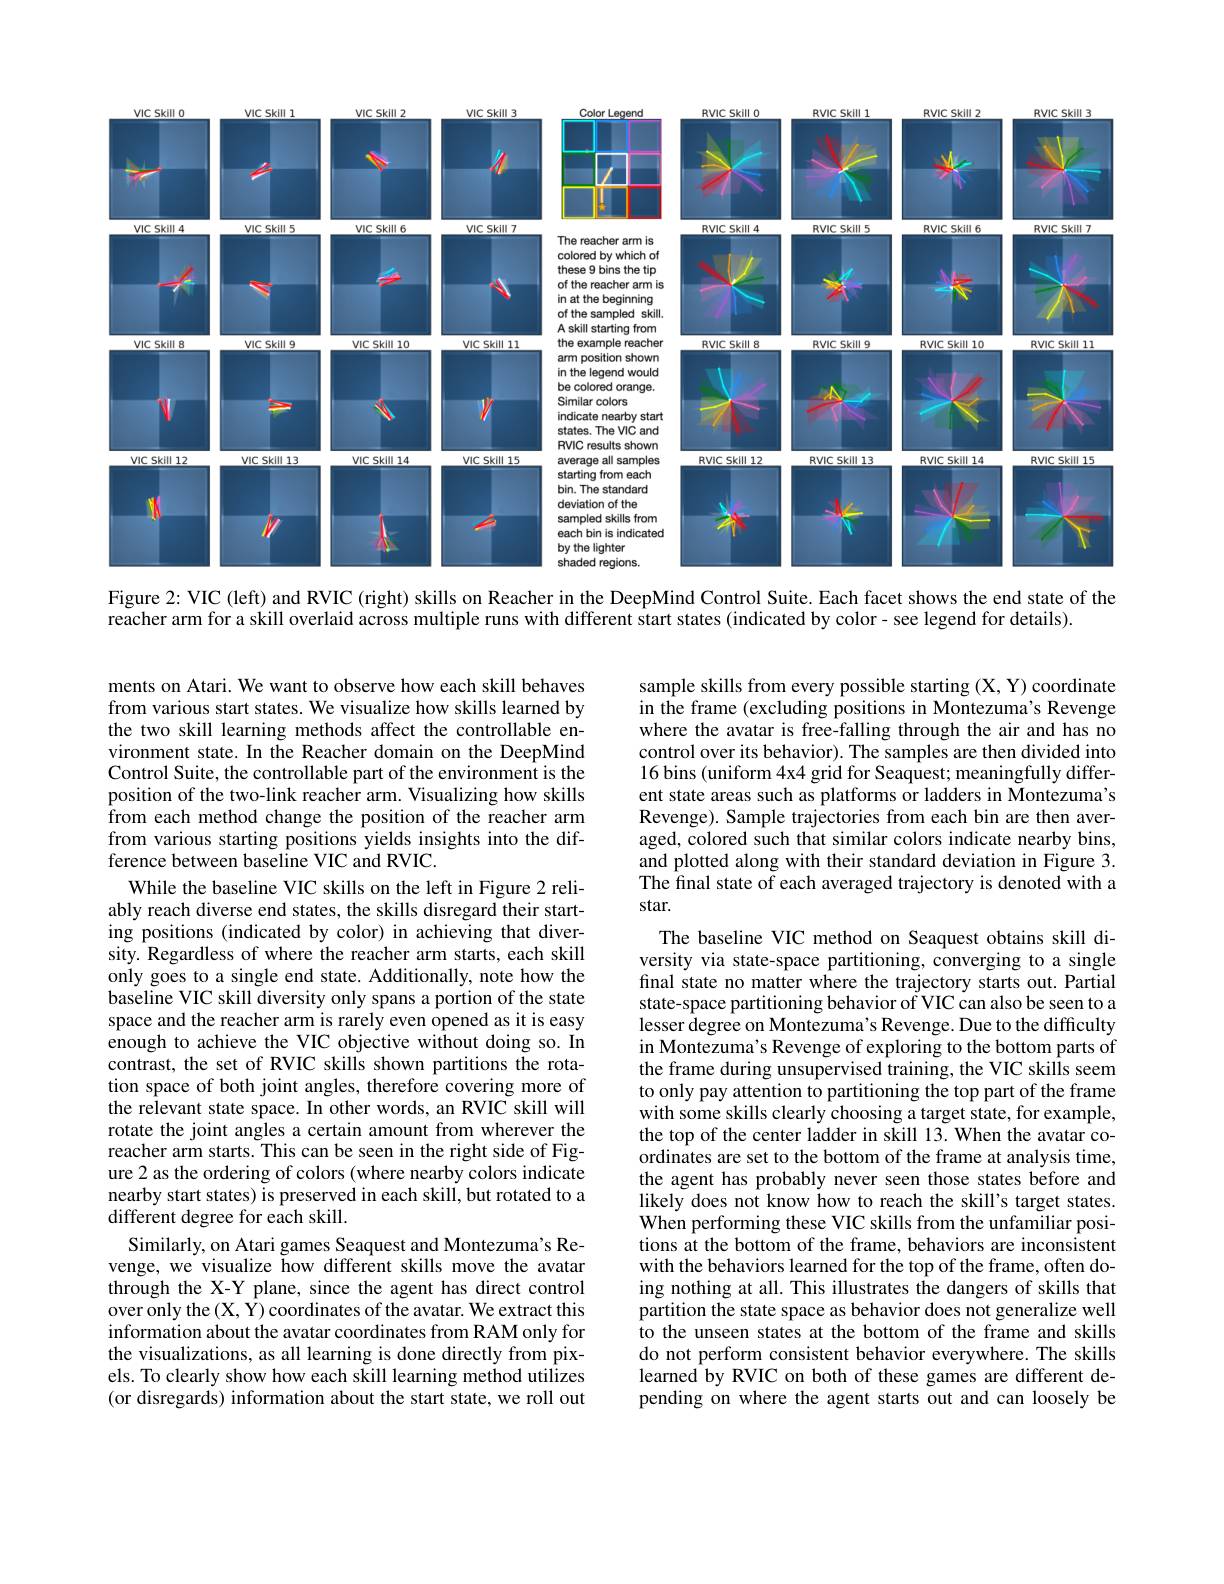
Color Legend
<FigureHere>

<FigureHere>

<FigureHere>

The reacher arm is colored by which of these 9 bins the tip of the reacher arm in at the beginning of the sampled skill. A skill starting from the example reacher arm position shown in the legend would be colored orange. Similar colors
indicate nearby start states. The VIC and RVIC results shown average all samples starting from each bin. The standard deviation of the sampled skills from each bin is indicated by the lighter shaded regions.

Figure 2: VIC (left) and RVIC (right) skills on Reacher in the DeepMind Control Suite. Each facet shows the end state of the

reacher arm for a skill overlaid across multiple runs with different start states (indicated by color- see legend for details).

ments on Atari. We want to observe how each skill behaves from various start states. We visualize how skills learned by the two skill learning methods affect the controllable environment state. In the Reacher domain on the DeepMind Control Suite, the controllable part of the environment is the position of the two-link reacher arm. Visualizing how skills from each method change the position of the reacher arm from various starting positions yields insights into the difference between baseline VIC and RVIC.
While the baseline VIC skills on the left in Figure 2 reliably reach diverse end states, the skills disregard their starting positions (indicated by color) in achieving that diversity. Regardless of where the reacher arm starts, each skill only goes to a single end state. Additionally, note how the baseline VIC skill diversity only spans a portion of the state space and the reacher arm is rarely even opened as it is easy enough to achieve the VIC objective without doing so. In contrast, the set of RVIC skills shown partitions the rotation space of both joint angles, therefore covering more of the relevant state space. In other words, an RVIC skill will rotate the joint angles a certain amount from wherever the reacher arm starts. This can be seen in the right side of Figure 2 as the ordering of colors (where nearby colors indicate nearby start states) is preserved in each skill, but rotated to a different degree for each skill.
Similarly, on Atari games Seaquest and Montezuma's Revenge, we visualize how different skills move the avatar through the X-Y plane, since the agent has direct control over only the (X, Y) coordinates of the avatar. We extract this information about the avatar coordinates from RAM only for the visualizations, as all learning is done directly from pixels. To clearly show how each skill learning method utilizes (or disregards) information about the start state, we roll out

sample skills from every possible starting (X, Y) coordinate in the frame (excluding positions in Montezuma's Revenge where the avatar is free-falling through the air and has no control over its behavior). The samples are then divided into 16 bins (uniform 4x4 grid for Seaquest; meaningfully different state areas such as platforms or ladders in Montezuma's Revenge). Sample trajectories from each bin are then averaged, colored such that similar colors indicate nearby bins, and plotted along with their standard deviation in Figure 3. The final state of each averaged trajectory is denoted with a star.
The baseline VIC method on Seaquest obtains skill diversity via state-space partitioning, converging to a single final state no matter where the trajectory starts out. Partial state-space partitioning behavior of VIC can also be seen to a lesser $\hat{\text{degree on Montezuma's Revenge. Due to the difficulty}}$ in Montezuma's Revenge of exploring to the bottom parts of the frame during unsupervised training, the VIC skills seem to only pay attention to partitioning the top part of the frame with some skills clearly choosing a target state, for example, the top of the center ladder in skill 13. When the avatar co- $\hat{\text{ordinates are set to the bottom of the frame at analysis time,}}$ the agent has probably never seen those states before and likely does not know how to reach the skill's target states. When performing these VIC skills from the unfamiliar positions at the bottom of the frame, behaviors are inconsistent with the behaviors learned for the top of the frame, often doing nothing at all. This illustrates the dangers of skills that partition the state space as behavior does not generalize well to the unseen states at the bottom of the frame and skills do not perform consistent behavior everywhere. The skills learned by RVIC on both of these games are different depending on where the agent starts out and can loosely be